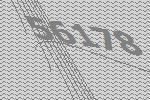
56178